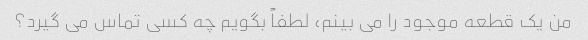
من یک قطعه موجود را می بینم، لطفاً بگویم چه کسی تماس می گیرد؟